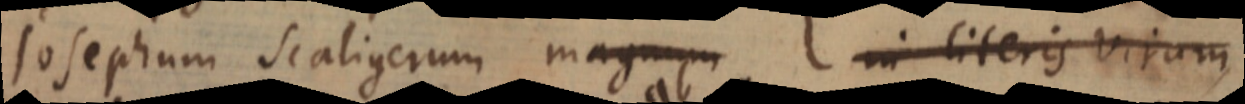
Josephum Scaligerum magnum in literis virum,